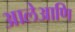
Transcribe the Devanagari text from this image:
आलेआणि